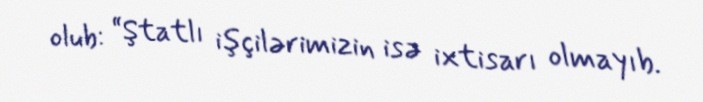
olub: “Ştatlı işçilərimizin isə ixtisarı olmayıb.